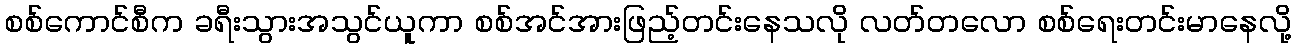
စစ်ကောင်စီက ခရီးသွားအသွင်ယူကာ စစ်အင်အားဖြည့်တင်းနေသလို လတ်တလော စစ်ရေးတင်းမာနေလို့